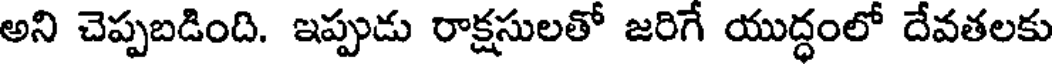
అని చెప్పబడింది. ఇప్పుడు రాక్షసులతో జరిగే యుద్ధంలో దేవతలకు